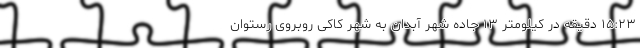
۱۵:۲۳ دقیقه در کیلومتر ۱۳ جاده شهر آبدان به شهر کاکی روبروی رستوان